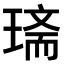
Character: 𤧿